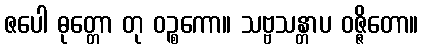
ဇပေါ ဓုတ္တော တု ဝဉ္စကော။ သဗ္ဗသန္တာပ ဝဇ္ဇိတော။